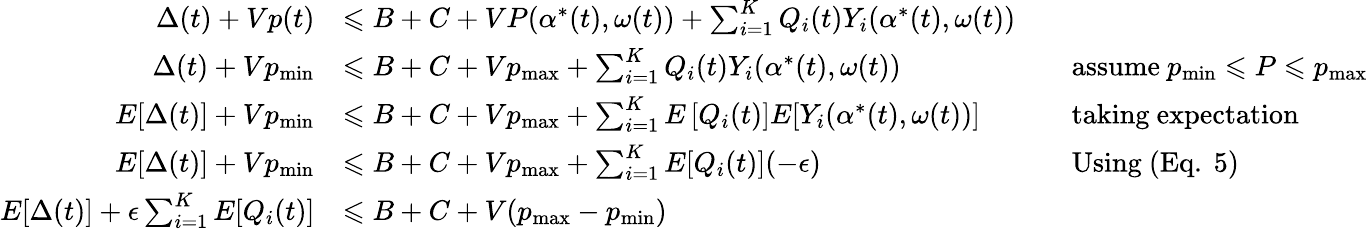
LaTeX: {\begin{array}{rlrl}{\Delta(t)+Vp(t)}&{\leqslant B+C+VP(\alpha^{*}(t),\omega(t))+\sum_{i=1}^{K}Q_{i}(t)Y_{i}(\alpha^{*}(t),\omega(t))}\\ {\Delta(t)+Vp_{\operatorname*{min}}}&{\leqslant B+C+Vp_{\operatorname*{max}}+\sum_{i=1}^{K}Q_{i}(t)Y_{i}(\alpha^{*}(t),\omega(t))}&&{{\mathrm{assume~}}p_{\operatorname*{min}}\leqslant P\leqslant p_{\operatorname*{max}}}\\ {E[\Delta(t)]+Vp_{\operatorname*{min}}}&{\leqslant B+C+Vp_{\operatorname*{max}}+\sum_{i=1}^{K}E\left[Q_{i}(t)]E[Y_{i}(\alpha^{*}(t),\omega(t))\right]}&&{{\mathrm{taking~expectation}}}\\ {E[\Delta(t)]+Vp_{\operatorname*{min}}}&{\leqslant B+C+Vp_{\operatorname*{max}}+\sum_{i=1}^{K}E[Q_{i}(t)](-\epsilon)}&&{{\mathrm{Using~(Eq.~5)}}}\\ {E[\Delta(t)]+\epsilon\sum_{i=1}^{K}E[Q_{i}(t)]}&{\leqslant B+C+V(p_{\operatorname*{max}}-p_{\operatorname*{min}})}\end{array}}